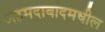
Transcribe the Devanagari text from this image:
अहमदाबादमधील